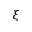
\xi